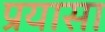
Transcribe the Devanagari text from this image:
प्रयासा